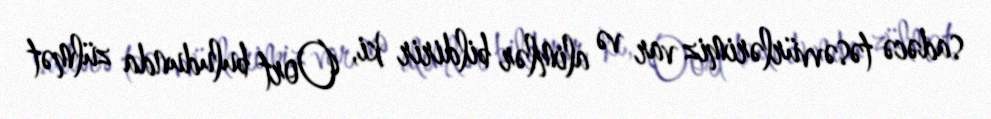
sadəcə təsəvvürlərimiz var və alimlər bildirir ki, Oort buludunda zülmət